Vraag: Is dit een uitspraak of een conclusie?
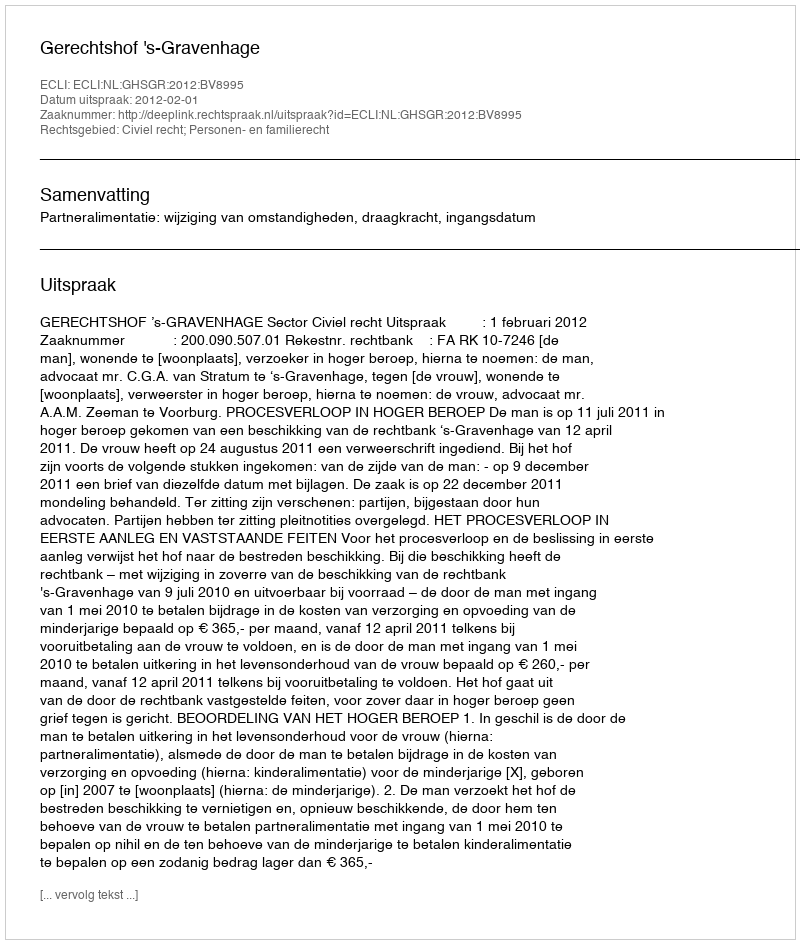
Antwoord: Uitspraak